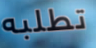
تطلبه